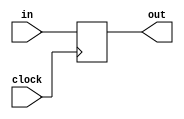
module flip_flop(input in,
                 input clock,
                 output reg out);
    always @(posedge clock)
    begin
        out <= in;
    end
endmodule